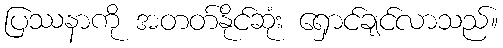
ပြဿနာကို အတတ်နိုင်ဆုံး ရှောင်ချင်လာသည်။